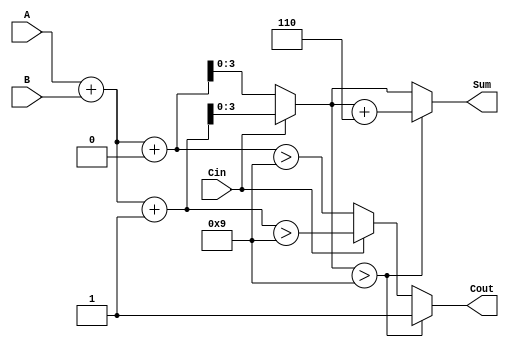
module BCD_MCSA (
    input [3:0] A,      // First BCD digit
    input [3:0] B,      // Second BCD digit
    input Cin,          // Carry-in
    output reg [3:0] Sum, // 4-bit sum output
    output reg Cout      // Carry-out
);

    // Intermediate sum signals
    wire [4:0] S0, S1; // Use 5 bits to accommodate carry
    wire C0, C1;       // Carry-out signals for both scenarios

    // Preliminary sum calculations
    assign S0 = A + B + 0;   // When Cin = 0
    assign S1 = A + B + 1;   // When Cin = 1

    // Carry generation
    assign C0 = (S0 > 9);     // Carry-out for Cin = 0
    assign C1 = (S1 > 9);     // Carry-out for Cin = 1

    // Final sum and carry selection
    always @(*) begin
        if (Cin == 0) begin
            Sum = S0;   // Select S0 when Cin = 0
            Cout = C0;  // Select C0
        end else begin
            Sum = S1;   // Select S1 when Cin = 1
            Cout = C1;  // Select C1
        end

        // BCD correction logic
        if (Sum > 9) begin
            Sum = Sum + 4'b0110; // Add 6 for BCD correction
            Cout = 1;            // Set carry-out
        end else begin
            Cout = Cout;        // Maintain carry-out
        end
    end

endmodule